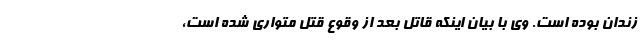
زندان بوده است. وی با بیان اینکه قاتل بعد از وقوع قتل متواری شده است،